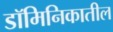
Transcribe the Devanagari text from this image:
डॉमिनिकातील